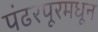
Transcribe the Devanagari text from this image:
पंढरपूरमधून